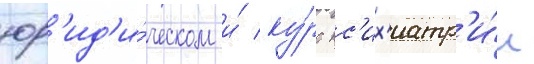
юр'ид'и́ческом и́ ку́рс пс'их'иатр'и́и